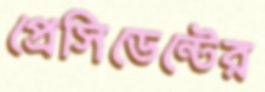
প্রেসিডেন্টের